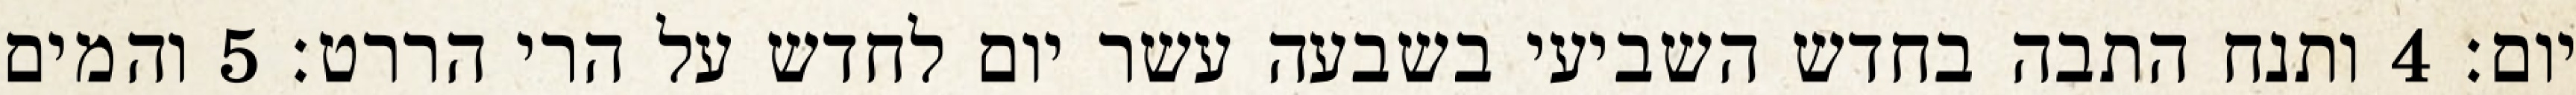
יום׃ ‎4‏ ותנח התבה בחדש השביעי בשבעה עשר יום לחדש על הרי הררט׃ ‎5‏ והמים